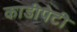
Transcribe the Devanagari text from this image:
काडीपेटी